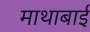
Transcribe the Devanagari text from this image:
माथाबाई